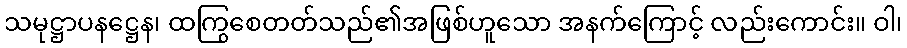
သမုဋ္ဌာပနဋ္ဌေန၊ ထကြွစေတတ်သည်၏အဖြစ်ဟူသော အနက်ကြောင့် လည်းကောင်း။ ဝါ၊